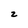
Character: z